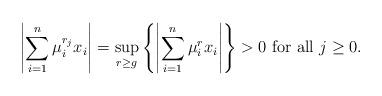
LaTeX: \begin{align*}\left| \sum_{i=1}^n \mu_i^{r_j}x_i \right| = \sup_{r \geq g} \left\{\left| \sum_{i=1}^n \mu_i^{r}x_i \right|\right\} > 0 \mbox{ for all } j \geq 0.\end{align*}